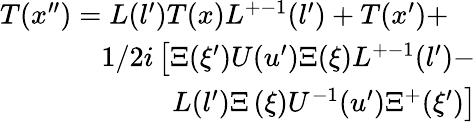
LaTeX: \begin{array}{l}{{T(x^{\prime\prime})=L(l^{\prime})T(x)L^{+-1}(l^{\prime})+T(x^{\prime})+}}\\ {{\phantom{T(x^{\prime\prime})=}1/2i\left[\Xi(\xi^{\prime})U(u^{\prime})\Xi(\xi)L^{+-1}(l^{\prime})-\right.}}\\ {{\phantom{T(x^{\prime\prime})=asdf}\left.L(l^{\prime})\Xi\left(\xi\right)U^{-1}(u^{\prime})\Xi^{+}(\xi^{\prime})\right]}}\end{array}